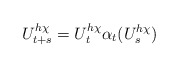
\begin{align*}U_{t+s}^{h\chi}=U_t^{h\chi}\alpha_t(U_s^{h\chi})\end{align*}